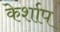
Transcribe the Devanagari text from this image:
केर्शाप